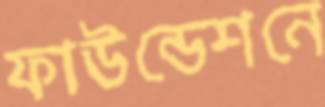
ফাউন্ডেশনে